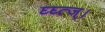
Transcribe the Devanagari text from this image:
घ्घ्त्ज्।